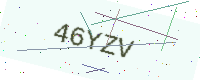
Text: 46YZV